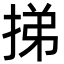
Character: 挮